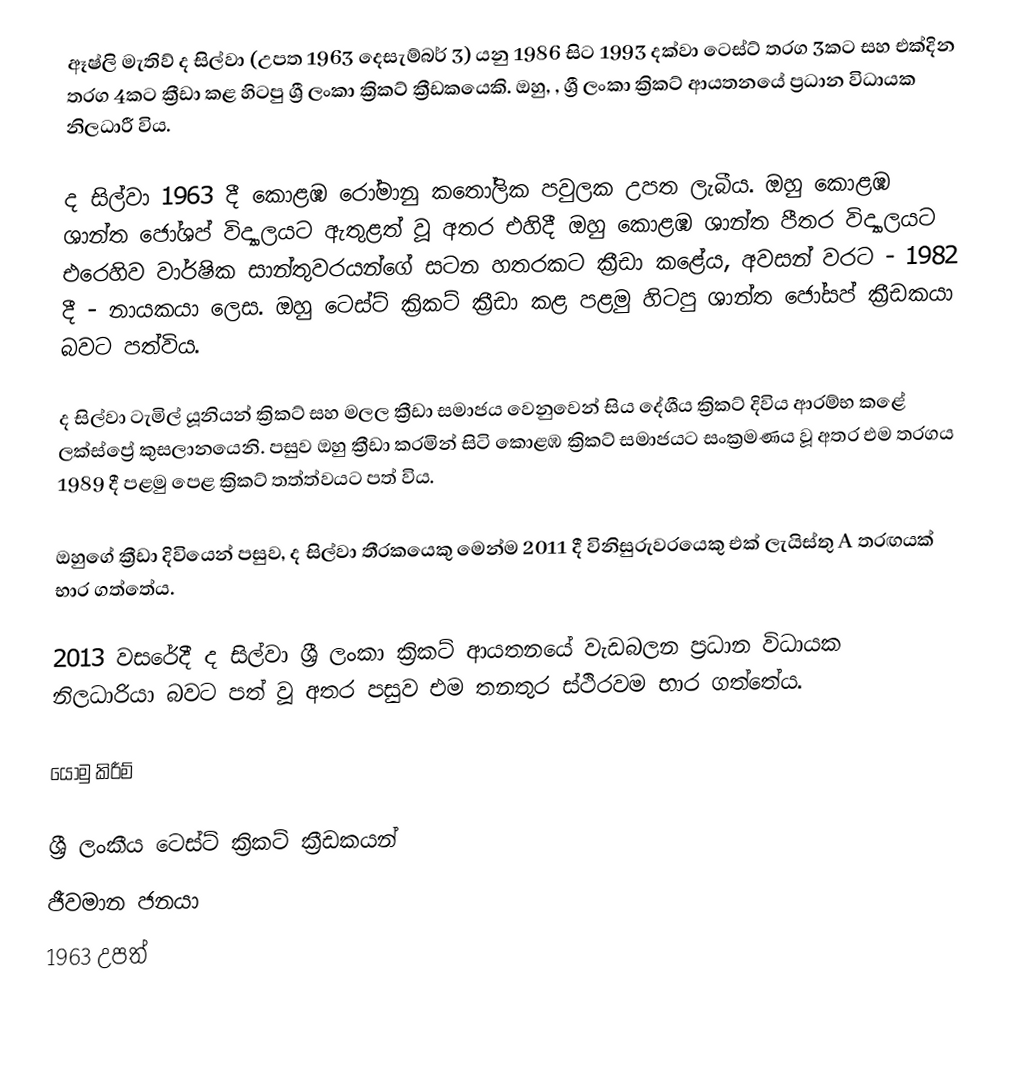
ඈෂ්ලි මැතිව් ද සිල්වා (උපත 1963 දෙසැම්බර් 3) යනු 1986 සිට 1993 දක්වා ටෙස්ට් තරග 3කට සහ එක්දින තරග 4කට ක්‍රීඩා කළ හිටපු ශ්‍රී ලංකා ක්‍රිකට් ක්‍රීඩකයෙකි. ඔහු, , ශ්‍රී ලංකා ක්‍රිකට් ආයතනයේ ප්‍රධාන විධායක නිලධාරී විය.

ද සිල්වා 1963 දී කොළඹ රෝමානු කතෝලික පවුලක උපත ලැබීය. ඔහු කොළඹ ශාන්ත ජෝශප් විද්‍යාලයට ඇතුළත් වූ අතර එහිදී ඔහු කොළඹ ශාන්ත පීතර විද්‍යාලයට එරෙහිව වාර්ෂික සාන්තුවරයන්ගේ සටන හතරකට ක්‍රීඩා කළේය, අවසන් වරට - 1982 දී - නායකයා ලෙස. ඔහු ටෙස්ට් ක්‍රිකට් ක්‍රීඩා කළ පළමු හිටපු ශාන්ත ජෝසප් ක්‍රීඩකයා බවට පත්විය.

ද සිල්වා ටැමිල් යූනියන් ක්‍රිකට් සහ මලල ක්‍රීඩා සමාජය වෙනුවෙන් සිය දේශීය ක්‍රිකට් දිවිය ආරම්භ කළේ ලක්ස්ප්‍රේ කුසලානයෙනි. පසුව ඔහු ක්‍රීඩා කරමින් සිටි කොළඹ ක්‍රිකට් සමාජයට සංක්‍රමණය වූ අතර එම තරගය 1989 දී පළමු පෙළ ක්‍රිකට් තත්ත්වයට පත් විය.

ඔහුගේ ක්‍රීඩා දිවියෙන් පසුව, ද සිල්වා තීරකයෙකු මෙන්ම 2011 දී විනිසුරුවරයෙකු එක් ලැයිස්තු A තරඟයක් භාර ගත්තේය.

2013 වසරේදී ද සිල්වා ශ්‍රී ලංකා ක්‍රිකට් ආයතනයේ වැඩබලන ප්‍රධාන විධායක නිලධාරියා බවට පත් වූ අතර පසුව එම තනතුර ස්ථිරවම භාර ගත්තේය.

යොමු කිරීම්

ශ්‍රී ලංකීය ටෙස්ට් ක්‍රිකට් ක්‍රීඩකයන්
ජීවමාන ජනයා
1963 උපත්